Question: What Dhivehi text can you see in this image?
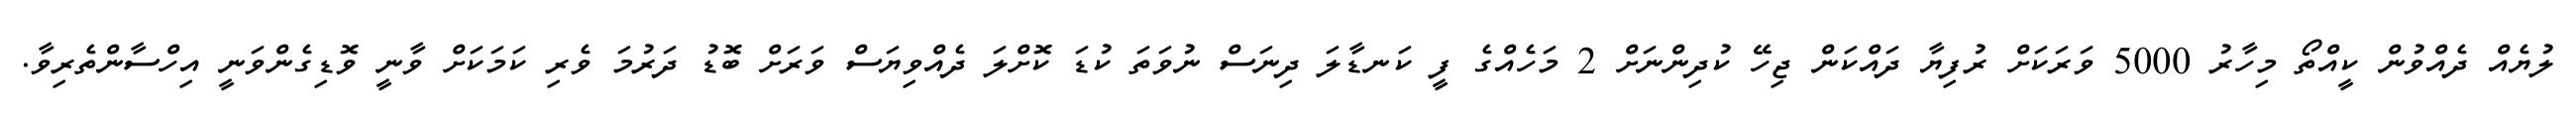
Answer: ލުޔެއް ދެއްވުން ކީއްތޯ މިހާރު 5000 ވަރަކަށް ރުފިޔާ ދައްކަން ޖިހޭ ކުދިންނަށް 2 މަހެއްގެ ފީ ކަނޑާލަ ދިނަސް ނުވަތަ ކުޑަ ކޮށްލަ ދެއްވިޔަސް ވަރަށް ބޮޑު ދަރުމަ ވެރި ކަމަކަށް ވާނީ ވޮޑިގެންވަނީ އިހްސާންތެރިވާ.